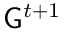
\mathsf { G } ^ { t + 1 }